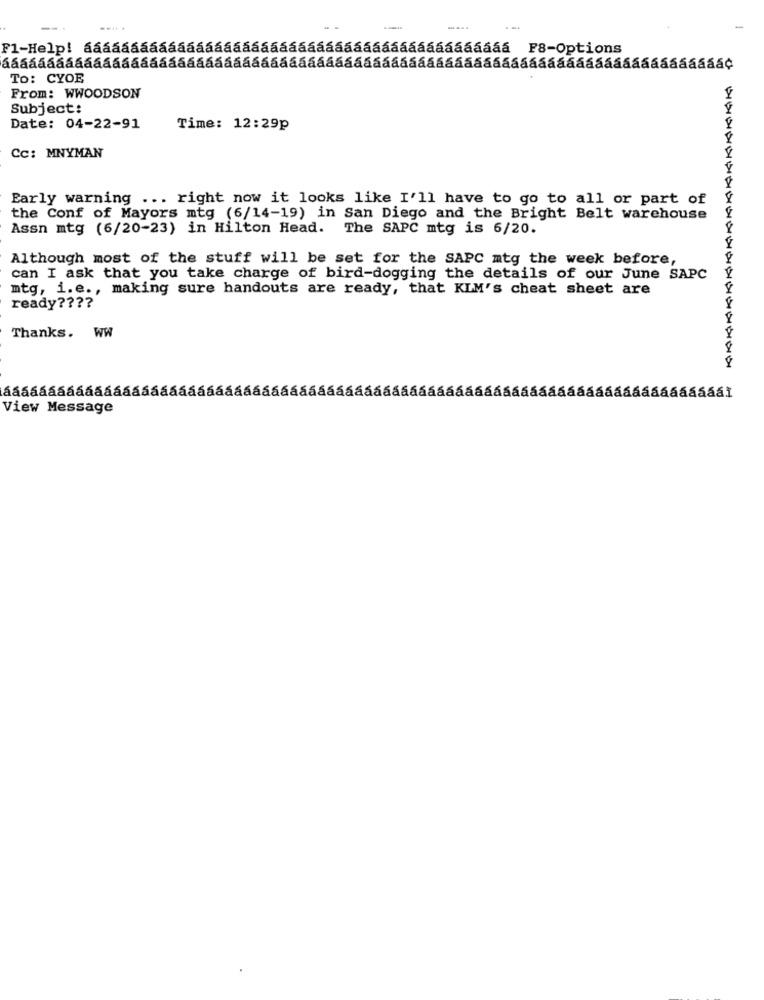
To: CYOE
From: WWOODSON
Subject:
Date: 04-22-91
Time: 12:29p
Cc: MNYMAN
Early warning ... right now it looks like I'll have to go to all or part of
the Conf of Mayors mtg (6/14-19) in San Diego and the Bright Belt warehouse
Assn mtg (6/20-23) in Hilton Head. The SAPC mtg is 6/20.
Although most of the stuff will be set for the SAPC mtg the week before,
can I ask that you take charge of bird-dogging the details of our June SAPC
mtg, i.e ., making sure handouts are ready, that KLM's cheat sheet are
ready ????
Thanks. WW
aaaaaaaaaaaaaaaaaaaaaaaááááááááááááááááááááááááááááááááááááááááááááááááááááááál
View Message